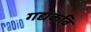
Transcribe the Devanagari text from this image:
गद्यकवि